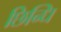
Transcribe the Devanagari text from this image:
छिन्धि